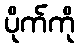
ပိုက်ကို